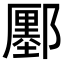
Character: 𨞬